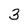
Character: 3